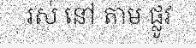
រស់ នៅ តាម ផ្លូវ